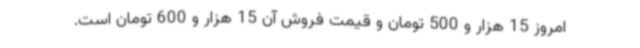
امروز 15 هزار و 500 تومان و قیمت فروش آن 15 هزار و 600 تومان است.